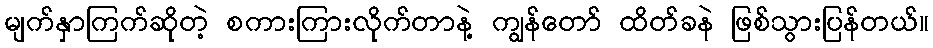
မျက်နှာကြက်ဆိုတဲ့ စကားကြားလိုက်တာနဲ့ ကျွန်တော် ထိတ်ခနဲ ဖြစ်သွားပြန်တယ်။